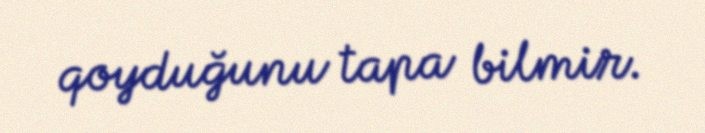
qoyduğunu tapa bilmir.